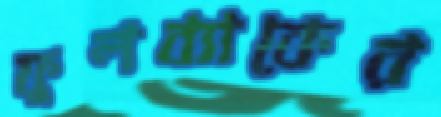
ফুলব্যাকের